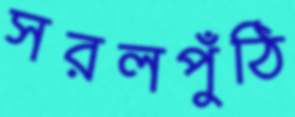
সরলপুঁঠি